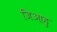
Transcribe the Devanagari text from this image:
जिआहु